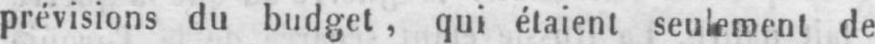
prévisions du budget, qui étaient seulement de